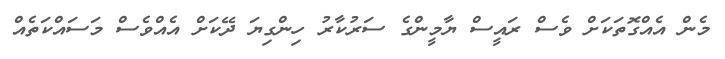
މެން އެއްގޮތަަކަށް ވެސް ރައީސް ޔާމީންގެ ސަރުކާރު ހިންގިޔަ ދޭކަށް އެއްވެސް މަސައްކަތެއް